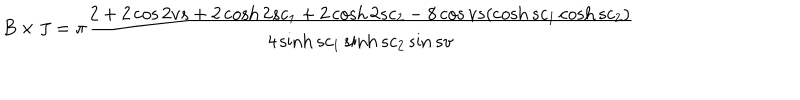
B \times J = \pi \frac { 2 + 2 \cos 2 v s + 2 \cosh 2 s c _ { 1 } + 2 \cosh 2 s c _ { 2 } - 8 \cos v s ( \cosh s c _ { 1 } \cosh s c _ { 2 } ) } { 4 \sinh s c _ { 1 } \sinh s c _ { 2 } \sin s v }